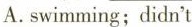
A.swimming;didn't